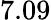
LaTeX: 7.09